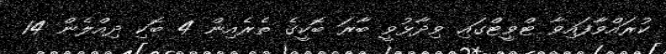
ކުރައްވާފައިވާ ޓްވީޓްގައި ވިދާޅުވީ ބާރަ ބޮކީގެ ތެރެެއިން 4 ބޮކި ދިއްލެން 14